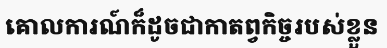
គោលការណ៍ក៏ដូចជាកាតព្វកិច្ចរបស់ខ្លួន